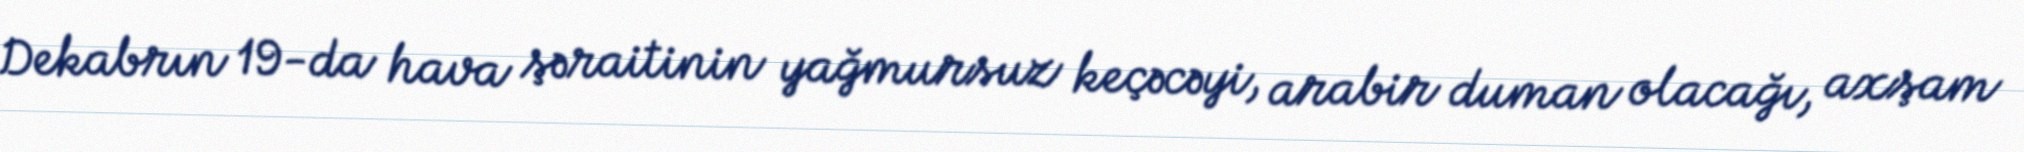
Dekabrın 19-da hava şəraitinin yağmursuz keçəcəyi, arabir duman olacağı, axşam